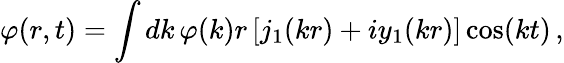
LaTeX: \varphi(r,t)=\int dk\, \varphi(k)r\left[j_{1}(kr)+iy_{1}(kr)\right]\cos(kt)\, ,